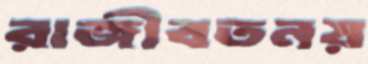
রাজীবতনয়